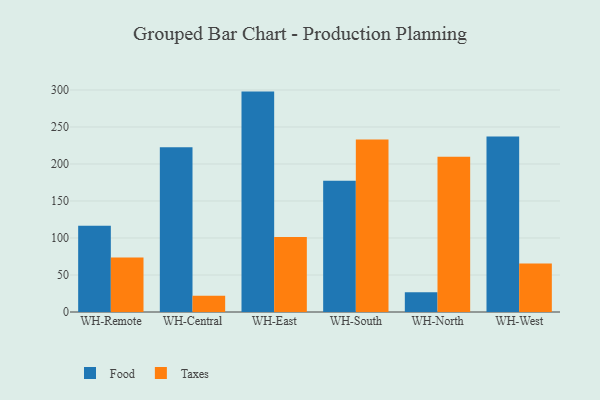
{"axis": {"x": "Warehouse", "y": "Gross Profit (USD K)"}, "legend": ["Food", "Taxes"], "data": [{"x": "WH-Remote", "y": 116.7, "type": "Food"}, {"x": "WH-Remote", "y": 73.5, "type": "Taxes"}, {"x": "WH-Central", "y": 222.7, "type": "Food"}, {"x": "WH-Central", "y": 22.1, "type": "Taxes"}, {"x": "WH-East", "y": 297.8, "type": "Food"}, {"x": "WH-East", "y": 101.5, "type": "Taxes"}, {"x": "WH-South", "y": 177.2, "type": "Food"}, {"x": "WH-South", "y": 233.2, "type": "Taxes"}, {"x": "WH-North", "y": 26.7, "type": "Food"}, {"x": "WH-North", "y": 209.9, "type": "Taxes"}, {"x": "WH-West", "y": 237.1, "type": "Food"}, {"x": "WH-West", "y": 65.4, "type": "Taxes"}]}